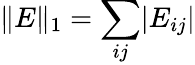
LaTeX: \Vert E\Vert_{1}=\sum_{ij}\lvert E_{ij}\rvert